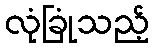
လုံခြုံသည့်